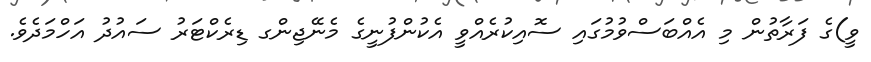
ވީ)ގެ ފަރާތުން މި އެއްބަސްވުމުގައި ސޮއިކުރެއްވީ އެކުންފުނީގެ މެނޭޖިންގ ޑިރެކްޓަރު ސައުދު އަހްމަދެވެ.